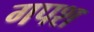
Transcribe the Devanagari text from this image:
गपश